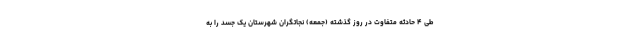
طی ۴ حادثه متفاوت در روز گذشته (جمعه) نجاتگران شهرستان یک جسد را به